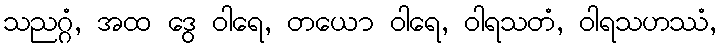
သညဂ္ဂံ, အထ ဒွေ ဝါရေ, တယော ဝါရေ, ဝါရသတံ, ဝါရသဟဿံ,